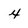
Character: x